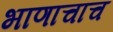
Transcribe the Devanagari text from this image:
भाणाचाच